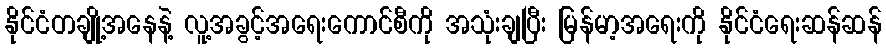
နိုင်ငံတချို့အနေနဲ့ လူ့အခွင့်အရေးကောင်စီကို အသုံးချပြီး မြန်မာ့အရေးကို နိုင်ငံရေးဆန်ဆန်